Annual report on the Civil Veterinary Department, Burma (including the Insein Veterinary School) - 1923-1931
Year: 1923
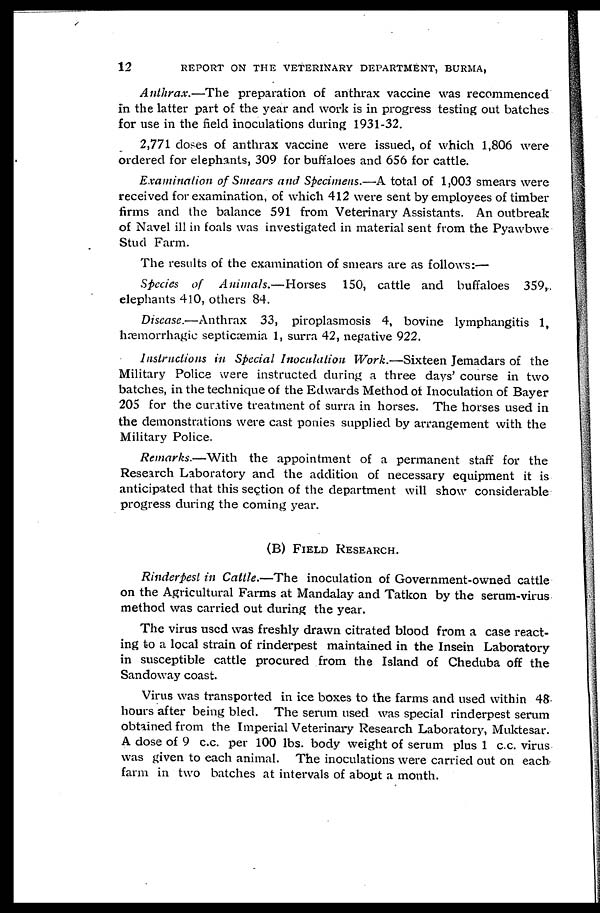
12
REPORT ON THE VETERINARY DEPARTMENT, BURMA,
Anthrax.—The preparation of anthrax vaccine was recommenced
in the latter part of the year and work is in progress testing out batches
for use in the field inoculations during 1931-32.
2,771 doses of anthrax vaccine were issued, of which 1,806 were
ordered for elephants, 309 for buffaloes and 656 for cattle.
Examination of Smears and Specimens.—A total of 1,003 smears were
received for examination, of which 412 were sent by employees of timber
firms and the balance 591 from Veterinary Assistants. An outbreak
of Navel ill in foals was investigated in material sent from the Pyawbwe
Stud Farm.
The results of the examination of smears are as follows:—
Species of Animals.—Horses
150, cattle and buffaloes 359,
elephants 410, others 84.
Disease.—Anthrax 33, piroplasmosis 4, bovine lymphangitis 1,
hæmorrhagic septicæmia 1, surra 42, negative 922.
Instructions in Special Inoculation Work.—Sixteen Jemadars of the
Military Police were instructed during a three days' course in two
batches, in the technique of the Edwards Method of Inoculation of Bayer
205 for the curative treatment of surra in horses. The horses used in
the demonstrations were cast ponies supplied by arrangement with the
Military Police.
Remarks.—With the appointment of a permanent staff for the
Research Laboratory and the addition of necessary equipment it is
anticipated that this section of the department will show considerable
progress during the coming year.
(B) FIELD RESEARCH.
Rinderpest in Cattle.—The inoculation of Government-owned cattle
on the Agricultural Farms at Mandalay and Tatkon by the serum-virus
method was carried out during the year.
The virus used was freshly drawn citrated blood from a case react-
ing to a local strain of rinderpest maintained in the Insein Laboratory
in susceptible cattle procured from the Island of Cheduba off the
Sandoway coast.
Virus was transported in ice boxes to the farms and used within 48
hours after being bled. The serum used was special rinderpest serum
obtained from the Imperial Veterinary Research Laboratory, Muktesar.
A dose of 9 c.c. per 100 lbs. body weight of serum plus 1 c.c. virus
was given to each animal. The inoculations were carried out on each
farm in two batches at intervals of about a month.